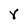
Character: Y